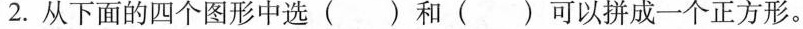
2.从下面的四个图形中选( )和( )可以拼成一个正方形。